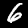
Digit: 6